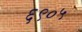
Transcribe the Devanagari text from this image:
६९०५